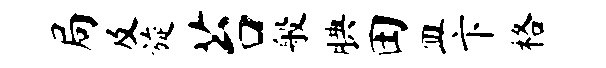
局及旋苔般腆田皿卞格